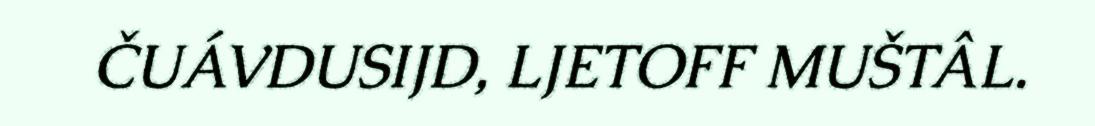
ČUÁVDUSIJD, LJETOFF MUŠTÂL.